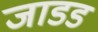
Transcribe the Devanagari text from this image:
जाडड